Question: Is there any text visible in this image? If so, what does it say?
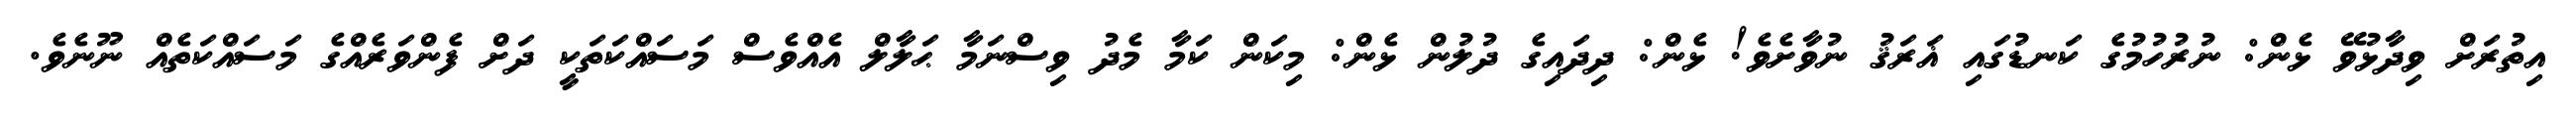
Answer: އިތުރަށް ވިދާޅުވޭ ޅެން: ނުރުހުމުގެ ކަނޑުގައި ޣަރަޤު ނުވާށެވެ! ޅެން: ދިދައިގެ ދުލުން ޅެން: މިކަން ކަމާ މެދު ވިސްނަމާ ޙަލާލް އެއްވެސް މަސައްކަތަކީ ދަށް ފެންވަރެއްގެ މަސައްކަތެއް ނޫނެވެ.